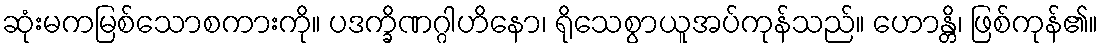
ဆုံးမကမြစ်သောစကားကို။ ပဒက္ခိဏဂ္ဂါဟိနော၊ ရိုသေစွာယူအပ်ကုန်သည်။ ဟောန္တိ၊ ဖြစ်ကုန်၏။